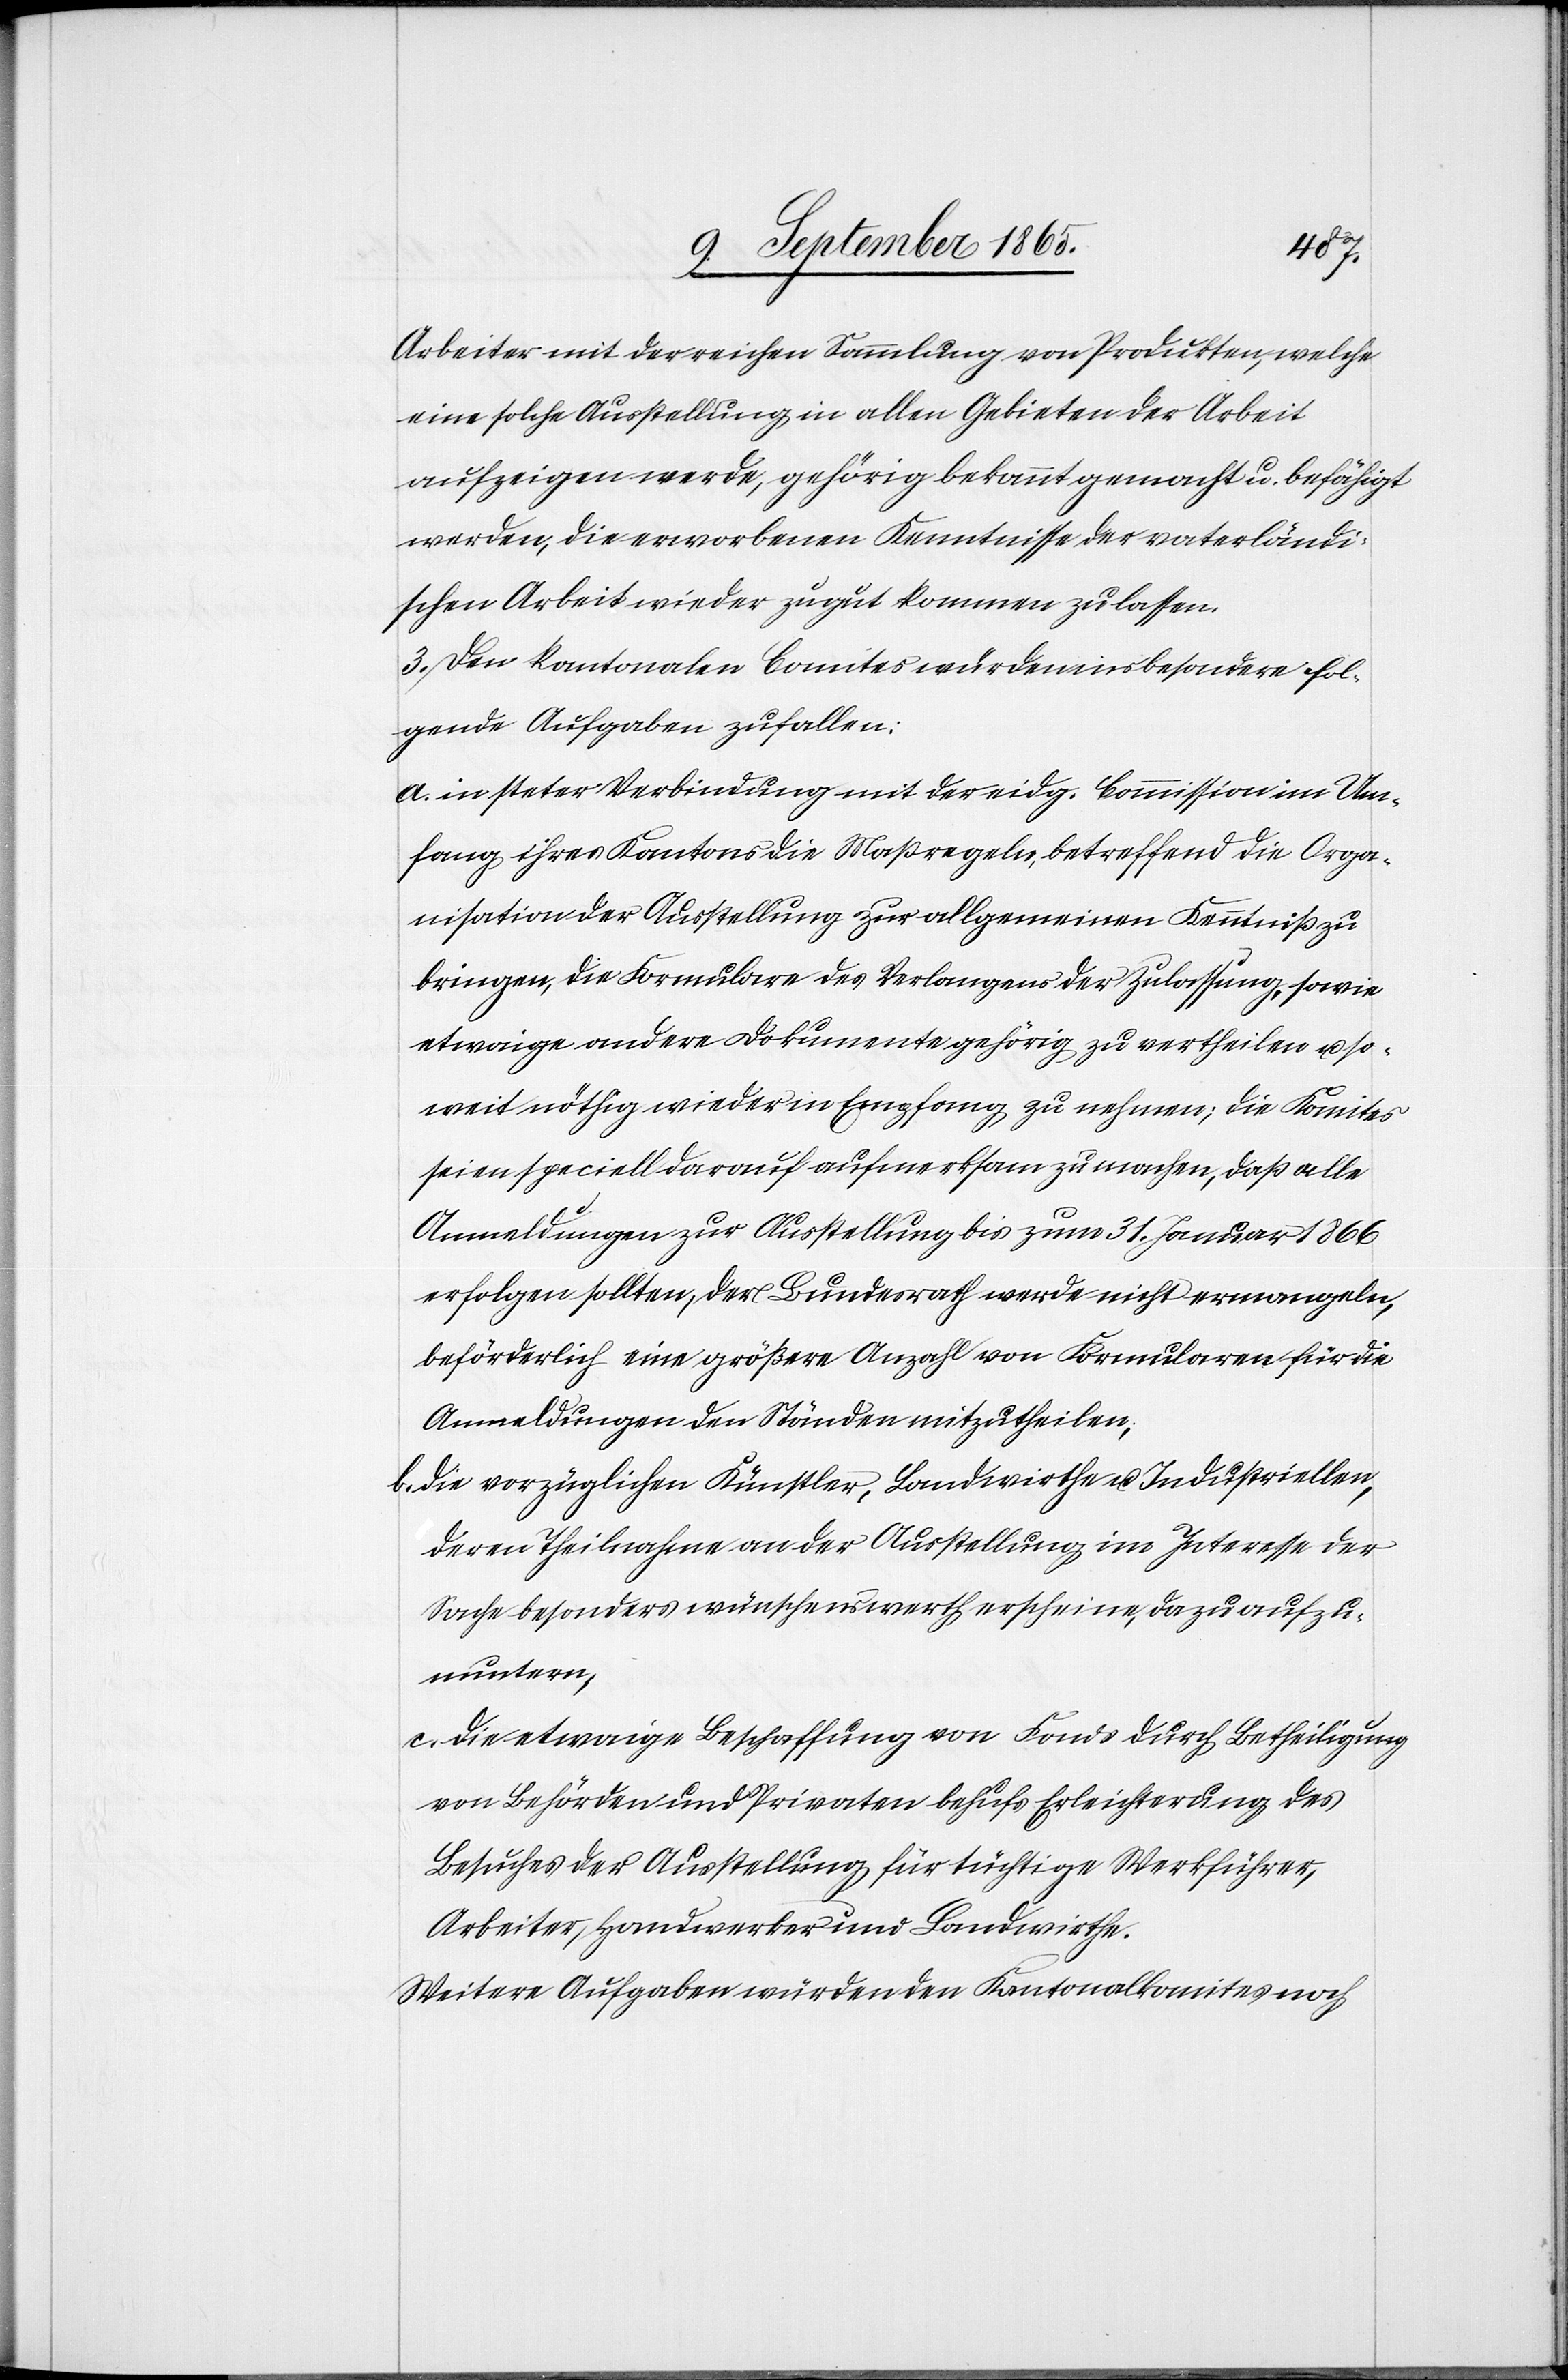
Arbeiter mit der reichen Sammlung von Produkten, welche
eine solche Ausstellung in allen Gebieten der Arbeit
aufzeigen werde, gehörig bekannt gemacht u. befähigt
werden, die erworbenen Kenntnisse der vaterländi¬
schen Arbeit wieder zugut kommen zu lassen.
3. Den kantonalen Comites würden insbesondere fol¬
gende Aufgaben zufallen:
a. in steter Verbindung mit der eidg. Commission im Um¬
fang ihres Kantons die Maßregeln, betreffend die Orga¬
nisation der Ausstellung zur allgemeinen Kenntniß zu
bringen, die Formulare des Verlangens der Zulassung, sowie
etwaige andere Dokumente gehörig zu vertheilen u. so¬
weit nöthig wieder in Empfang zu nehmen; die Komites
seien speciell darauf aufmerksam zu machen, daß alle
Anmeldungen zur Ausstellung bis zum 31. Januar 1866
erfolgen sollten, der Bundesrath werde nicht ermangeln,
beförderlich eine größere Anzahl von Formularen für die
Anmeldungen den Ständen mitzutheilen,
b. die vorzüglichen Künstler, Landwirthe u. Industriellen,
deren Theilnahme an der Ausstellung im Interesse der
Sache besonders wünschenswerth erscheine, dazu aufzu¬
muntern,
c. die etwaige Beschaffung von Fonds durch Betheiligung
von Behörden und Privaten behufs Erleichterung des
Besuches der Ausstellung für tüchtige Werkführer,
Arbeiter, Handwerker und Landwirthe.
Weitere Aufgaben würden den Kantonalkomites noch